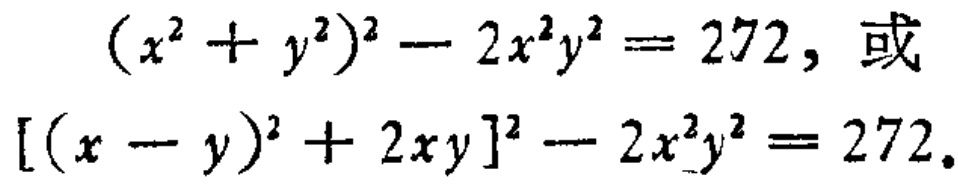
\((x^{2}+y^{2})^{2}-2x^{2}y^{2}=272,\ 或\\ [(x - y)^{2}+2xy]^{2}-2x^{2}y^{2}=272.\)